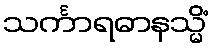
သင်္ကာရဓာနသ္မိံ